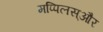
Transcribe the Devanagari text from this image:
मप्पिलस्और